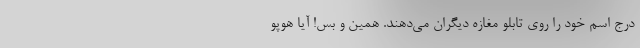
درج اسم خود را روی تابلو مغازه دیگران می‌دهند. همین و بس! آیا هوپو